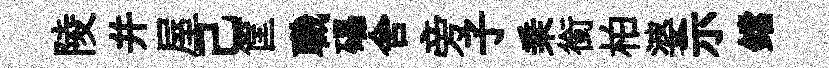
陵并屋己筐職礧舍旁子乗銜柏婆示鐺